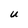
Character: U